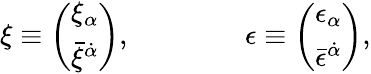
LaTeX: \xi\equiv\left(\begin{array}{l}{{\xi_{\alpha}}}\\ {{\bar{\xi}^{\dot{\alpha}}}}\end{array}\right),\qquad\qquad\epsilon\equiv\left(\begin{array}{l}{{\epsilon_{\alpha}}}\\ {{\bar{\epsilon}^{\dot{\alpha}}}}\end{array}\right),